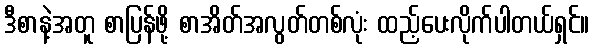
ဒီစာနဲ့အတူ စာပြန်ဖို့ စာအိတ်အလွတ်တစ်လုံး ထည့်ပေးလိုက်ပါတယ်ရှင်။